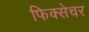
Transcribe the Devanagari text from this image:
फिक्सेचर